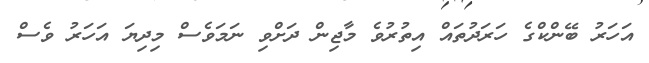
އަހަރު ބޭންކްގެ ހަރަދުތައް އިތުރުވެ މާޖިން ދަށްވި ނަމަވެސް މިދިޔަ އަހަރު ވެސް